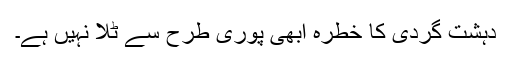
دہشت گردی کا خطرہ ابھی پوری طرح سے ٹلا نہیں ہے۔